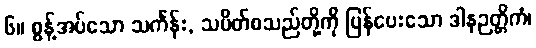
၆။ စွန့်အပ်သော သင်္ကန်း, သပိတ်စသည်တို့ကို ပြန်ပေးသော ဒါနဉတ္တိကံ၊